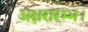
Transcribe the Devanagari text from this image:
अक्षरारम्भ।